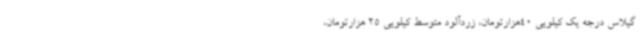
گیلاس درجه یک کیلویی 40هزارتومان، زردآلود متوسط کیلویی 25 هزارتومان،